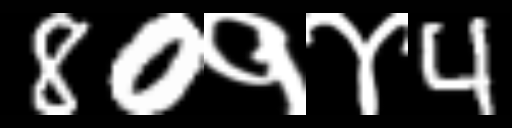
Text: 80१४4